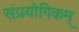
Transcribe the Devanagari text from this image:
संप्रयोगिकम्